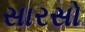
સારસો